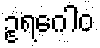
ဥရဂေါဝ